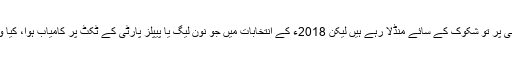
تحریکِ انصاف کی کامیابی پر تو شکوک کے سائے منڈلا رہے ہیں لیکن 2018ء کے انتخابات میں جو نون لیگ یا پیپلز پارٹی کے ٹکٹ پر کامیاب ہوا، کیا وہ عوامی نمائندہ نہیں ہے؟